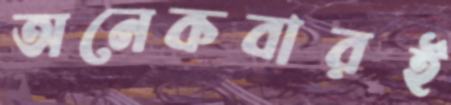
অনেকবারই